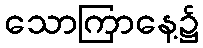
သောကြာနေ့၌